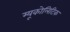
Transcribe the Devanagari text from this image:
म्यूकोलिटिक